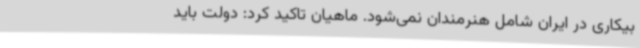
بیکاری در ایران شامل هنرمندان نمی‌شود. ماهیان تاکید کرد: دولت باید